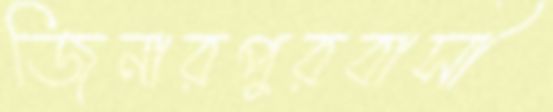
জিনারপুরবাসী